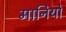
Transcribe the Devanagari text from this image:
मानियो